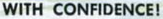
WITH CONFIDENCE!